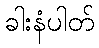
ခါးနံပါတ်